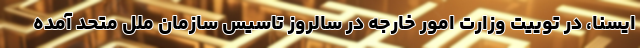
ایسنا، در توییت وزارت امور خارجه در سالروز تاسیس سازمان ملل متحد آمده